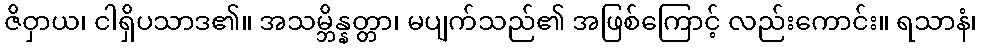
ဇိဝှာယ၊ ငါရှိပသာဒ၏။ အသမ္ဘိန္နတ္တာ၊ မပျက်သည်၏ အဖြစ်ကြောင့် လည်းကောင်း။ ရသာနံ၊